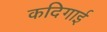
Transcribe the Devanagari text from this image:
कदिगाई